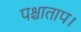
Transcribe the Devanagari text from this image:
पश्चाताप।